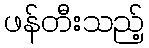
ဖန်တီးသည့်